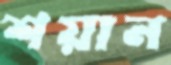
শয়ান